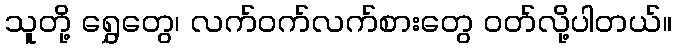
သူတို့ ရွှေတွေ၊ လက်ဝက်လက်စားတွေ ဝတ်လို့ပါတယ်။